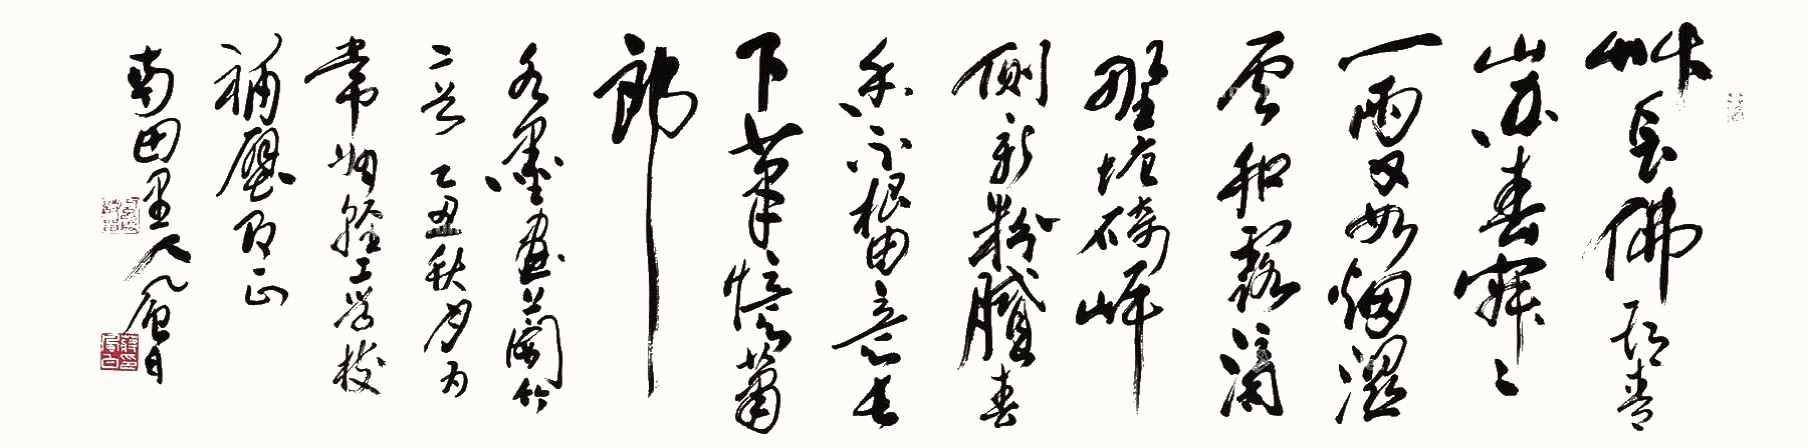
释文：草长佛头青，山空春寂寂。一雨又如烟，湿云和露滴。野塘埼岸侧，新粉腻春香。不根由意长，下笔忆萧郎。水墨画兰竹二首。乙丑秋月为常州轻工学校补壁即正，南田里人，风白。